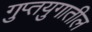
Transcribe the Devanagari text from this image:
गुप्तयुगातील